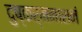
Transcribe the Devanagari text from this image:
दुष्कर्मनाशनं